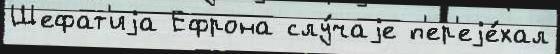
Шефат'иjа Ефрона слу́чаjе п'ер'еjе́хал